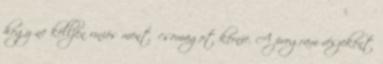
hogy ne kelljen uniós mentőcsomagot kérnie. A program részeként